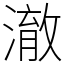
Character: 澈